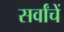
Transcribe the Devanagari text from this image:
सर्वांचें